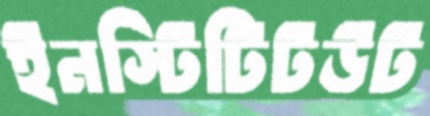
ইনস্টিটিটউট